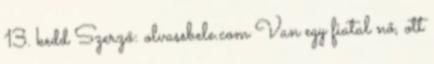
13. kedd Szerző: olvassbele.com Van egy fiatal nő, ott